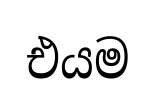
එයම